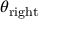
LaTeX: \theta _ { \mathrm { r i g h t } }